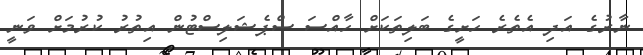
ނާރުގެ އަދި އެތެރެ ހަށީގެ ބަލިތަކަށް ހާއްސަ ސްޕެޝަލިސްޓުން އިތުރު ކުރުމަށް ވަނީ